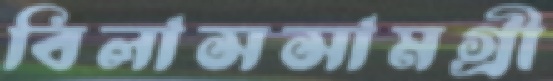
বিলাসসামগ্রী